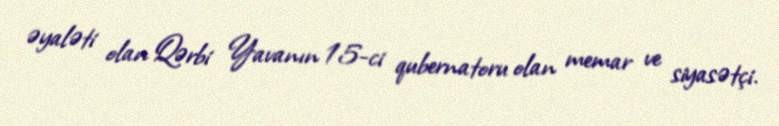
əyaləti olan Qərbi Yavanın 15-ci qubernatoru olan memar ve siyasətçi.